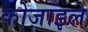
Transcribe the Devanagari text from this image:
कोजाइले